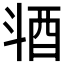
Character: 𣁹